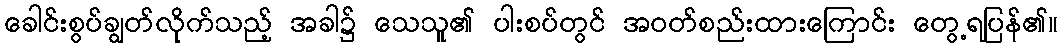
ခေါင်းစွပ်ချွတ်လိုက်သည့် အခါ၌ သေသူ၏ ပါးစပ်တွင် အဝတ်စည်းထားကြောင်း တွေ့ရပြန်၏။